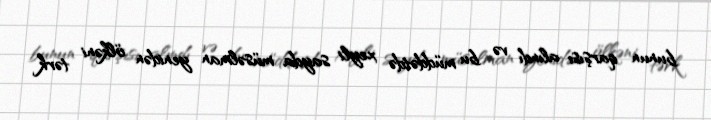
bunun qarşısı alındı və bu müddətdə xeyli sayda müsəlman yenidən ölkəni tərk